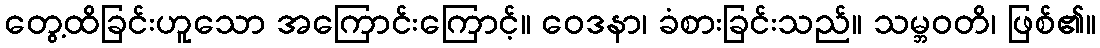
တွေ့ထိခြင်းဟူသော အကြောင်းကြောင့်။ ဝေဒနာ၊ ခံစားခြင်းသည်။ သမ္ဘဝတိ၊ ဖြစ်၏။